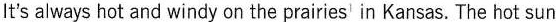
It's always hot and windy on the prairies' in Kansas. The hot sun